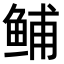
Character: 𫚙